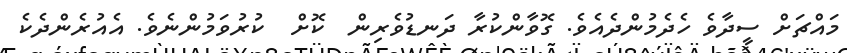
މައްޗަށް ސީދާވެ ހެދެމުންދެއެވެ. ގޮވާންކުރާ ދަނޑުވެރިން  ކޮށް  ކުރުވަމުންނެވެ. އެއުރެންދެކެ